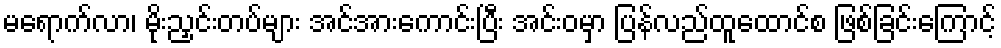
မရောက်လာ၊ မိုးညှင်းတပ်များ အင်အားကောင်းပြီး အင်းဝမှာ ပြန်လည်ထူထောင်စ ဖြစ်ခြင်းကြောင့်